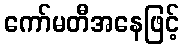
ကော်မတီအနေဖြင့်